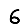
Digit: 6